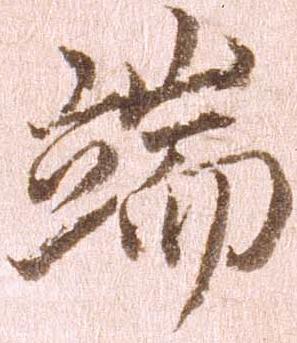
端